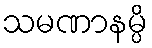
သမဏာနမ္ပိ